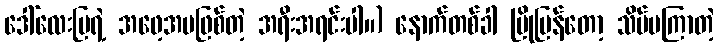
ဒေါ်လေးမြရဲ့ အဖေ့အမဖြစ်တဲ့ အရီးအရင်းပါ။) နောက်တစ်ခါ ပြိုပြန်တော့ သိပ်မကြာတဲ့